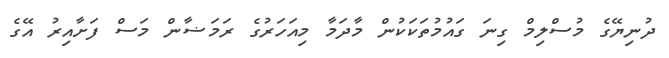
ދުނިޔޭގެ މުސްލިމް ގިނަ ގައުމުތަކަކުން މާދަމާ މިއަހަރުގެ ރަމަޟާން މަސް ފަށާއިރު އޭގެ